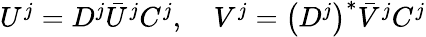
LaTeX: \begin{array}{r}{U^{j}=D^{j}\bar{U}^{j}C^{j},\quad V^{j}=\left(D^{j}\right)^{*}\bar{V}^{j}C^{j}}\end{array}